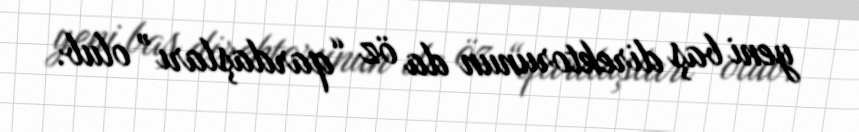
yeni baş direktorunun da öz “qardaşları” olub.